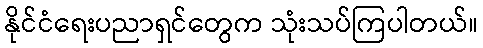
နိုင်ငံရေးပညာရှင်တွေက သုံးသပ်ကြပါတယ်။